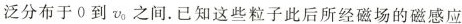
泛分布于0到v0之间。已知这些粒子此后所经磁场的磁感应